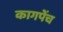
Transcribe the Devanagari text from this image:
कागपेंच